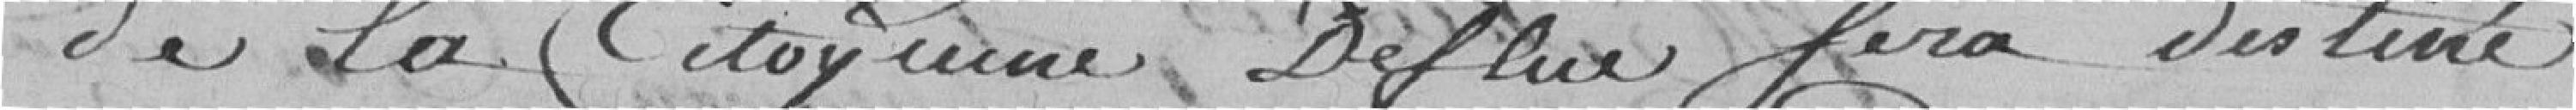
de la citoyenne Deflur sera destiné